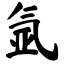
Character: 氩